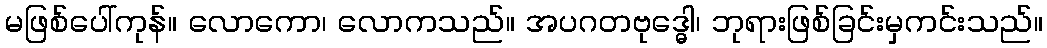
မဖြစ်ပေါ်ကုန်။ လောကော၊ လောကသည်။ အပဂတဗုဒ္ဓေါ၊ ဘုရားဖြစ်ခြင်းမှကင်းသည်။